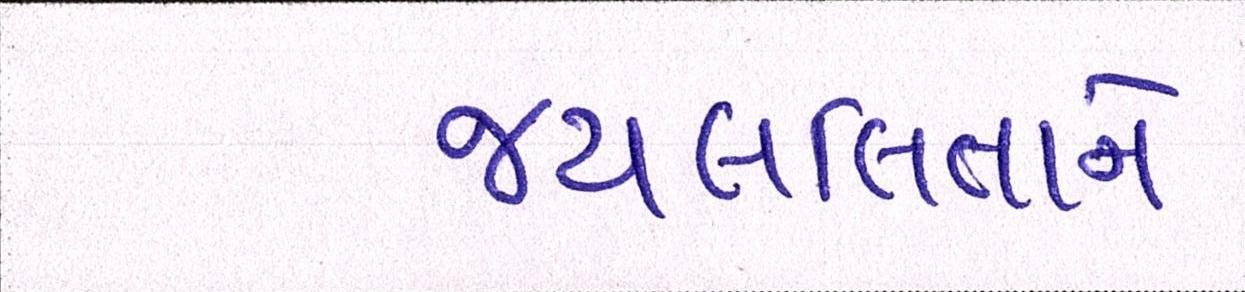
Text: જયલલિતાને